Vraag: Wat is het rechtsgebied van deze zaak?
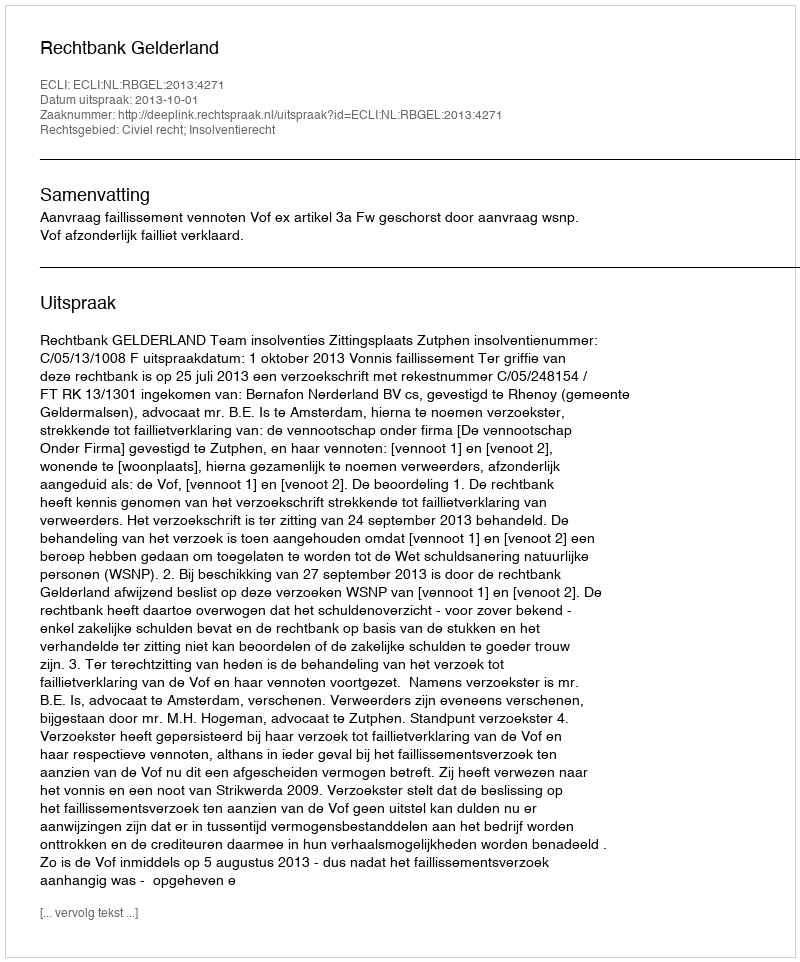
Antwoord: Civiel recht; Insolventierecht